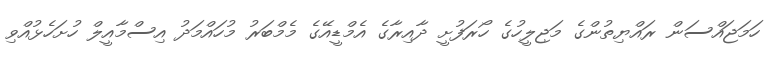
ހަމަޖައްސަން ރައްޔިތުންގެ މަޖިލީހުގެ ހޯރަފުށީ ދާއިރާގެ އެމްޑީއޭގެ މެމްބަރު މުހައްމަދު އިސްމާއީލް ހުށަހެޅުއްވި